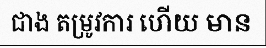
ជាង តម្រូវការ ហើយ មាន